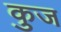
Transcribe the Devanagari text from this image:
कुज